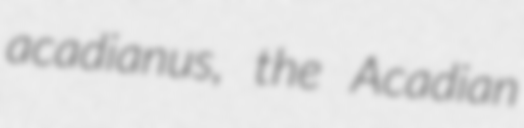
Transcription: acadianus, the Acadian